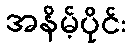
အနိမ့်ပိုင်း